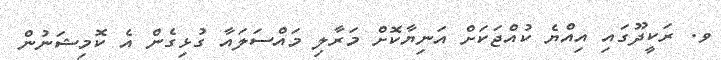
ވ. ރަކީދޫގައި އިއްޔެ ކުއްޖަކަށް އަނިޔާކޮށް މަރާލި މައްސަލައާ ގުޅިގެން އެ ކޮމިޝަނުން